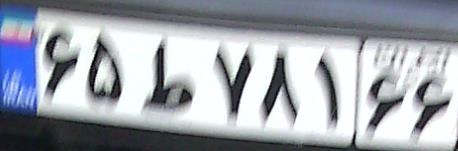
۶۵ط۷۸۱۶۶